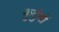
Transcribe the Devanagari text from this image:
कुटुंबों